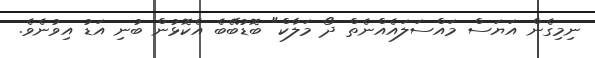
ނިމިގެން އަޔަސް މައްސަލައެއްނެތް ދޯ މަލާކް" ބޮޑުބޭބެ އެކޮޅުން ބުނި އަޑު އިވުނެވެ.